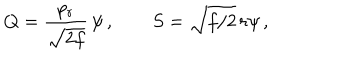
LaTeX: Q = { \frac { p _ { r } } { \sqrt { 2 f } } } \, \psi \, , \qquad S = \sqrt { f / 2 } \, r \psi \, ,